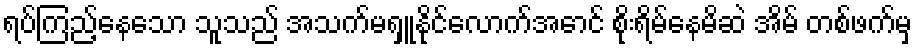
ရပ်ကြည့်နေသော သူသည် အသက်မရှူနိုင်လောက်အောင် စိုးရိမ်နေမိဆဲ အိမ် တစ်ဖက်မှ